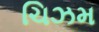
ચિઝમ